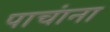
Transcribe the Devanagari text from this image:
पाचांना